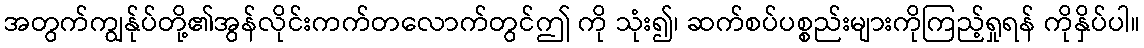
အတွက်ကျွန်ုပ်တို့၏အွန်လိုင်းကက်တလောက်တွင်ဤ ကို သုံး၍၊ ဆက်စပ်ပစ္စည်းများကိုကြည့်ရှုရန် ကိုနှိပ်ပါ။